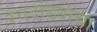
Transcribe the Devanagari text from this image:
रेवदांड्याचा